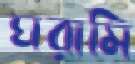
ঘরামি